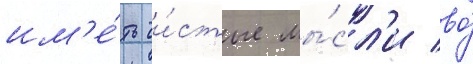
им'е́ть чи́стые мы́сл'и во́